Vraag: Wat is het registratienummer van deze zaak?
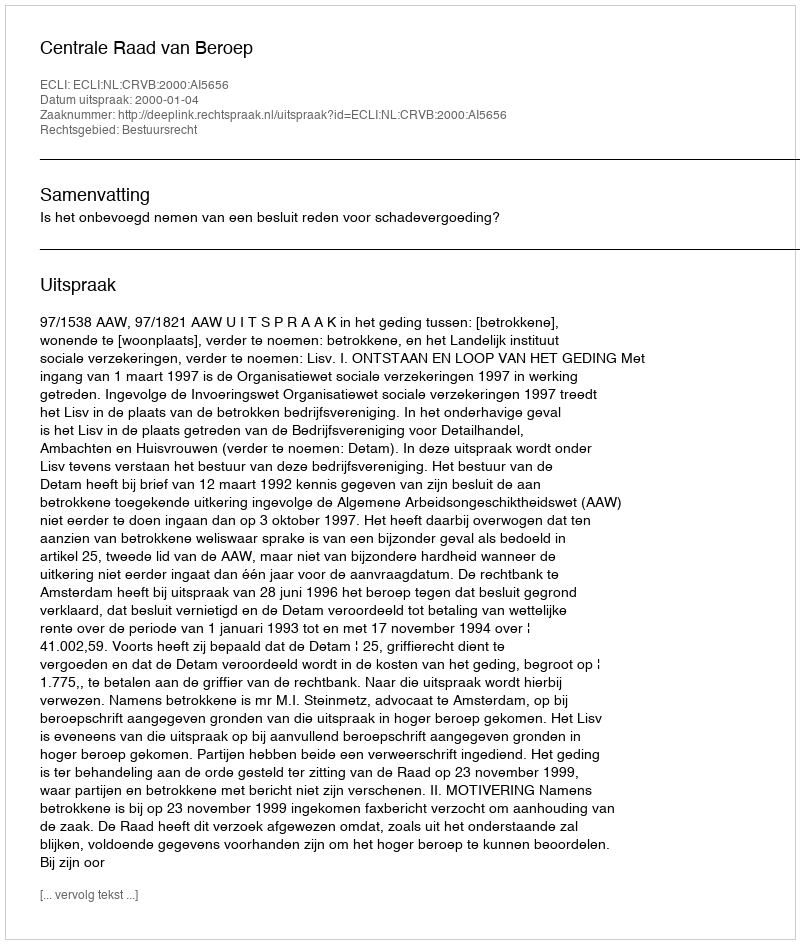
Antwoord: http://deeplink.rechtspraak.nl/uitspraak?id=ECLI:NL:CRVB:2000:AI5656